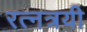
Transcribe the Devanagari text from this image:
रत्नत्रयी